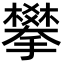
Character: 攀